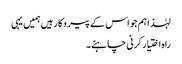
لہٰذا ہم جو اس کے پیروکار ہیں ہمیں یہی
راہ اختیار کرنی چاہئے۔